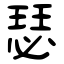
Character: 瑟